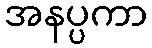
အနပ္ပကာ